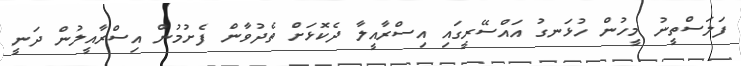
ފަލަސްތީނު މީހުން ހުޅަނގު އައްސޭރީގައި އިސްރާއީލާ ދެކޮޅަށް ތެދުވާން ފެށުމުން އިސްރާއީލުން ދަނީ